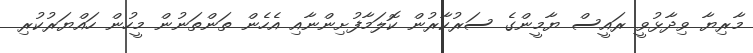
މާރިޔާ ވިދާޅުވީ ރައީސް ޔާމީންގެ ސަރުކާރުން ކޮލަމާފުށިންނާއި އެހެން ތަންތަނުން މީހުން ހައްޔަރުކުރި